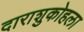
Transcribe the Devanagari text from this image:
दाराशुकोहला